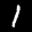
Label: 1